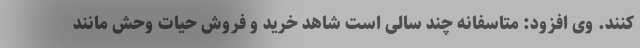
کنند. وی افزود: متاسفانه چند سالی است شاهد خرید و فروش حیات وحش مانند